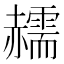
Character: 䞕